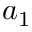
a _ { 1 }